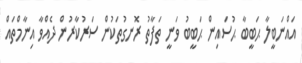
އައްނަބީލާ ޙަބީބާ ޙުސައިން ޙަބީބު ވަނީ ތަފާތު ރޮނގުތަކުން ސަރުކާރުން ދެއްވާ އިނާމްތައް